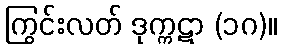
ကြွင်းလတ် ဒုက္ကဋာ (၁ဂ)။